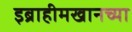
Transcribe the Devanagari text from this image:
इब्राहीमखानच्या